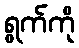
ရွက်ကို